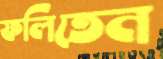
ফলিতেন